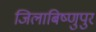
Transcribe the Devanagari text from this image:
जिलाबिष्णुपुर